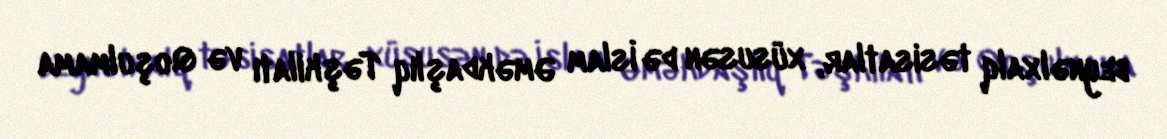
beynəlxalq təsisatlar, xüsusən də İslam Əməkdaşlıq Təşkilatı və Qoşulmama